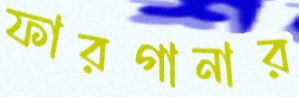
ফারগানার